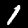
Label: 1